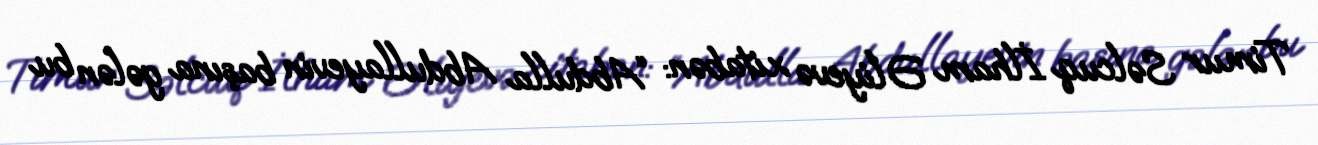
Timur Səlcuq İlham Əliyevə xitabən: “Abdulla Abdullayevin başına gələn bu